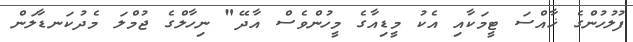
ފުލުހުންގެ ޚާއްސަ ޓީމަކާއި އެކު މީޑިއާގެ މީހުންވެސް އާދޭ" ނިހާލްގެ ޖުމްލަ މެދުކަނޑާލަން